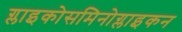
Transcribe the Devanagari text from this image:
ग्लाइकोसमिनोग्लाइकन